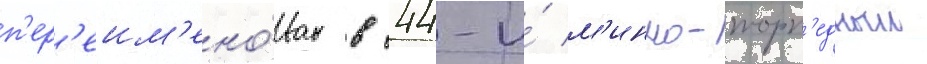
п'ер'еим'ено́ван в 44-и́ м'инно-торп'едныи